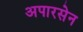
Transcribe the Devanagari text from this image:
अपारसेन